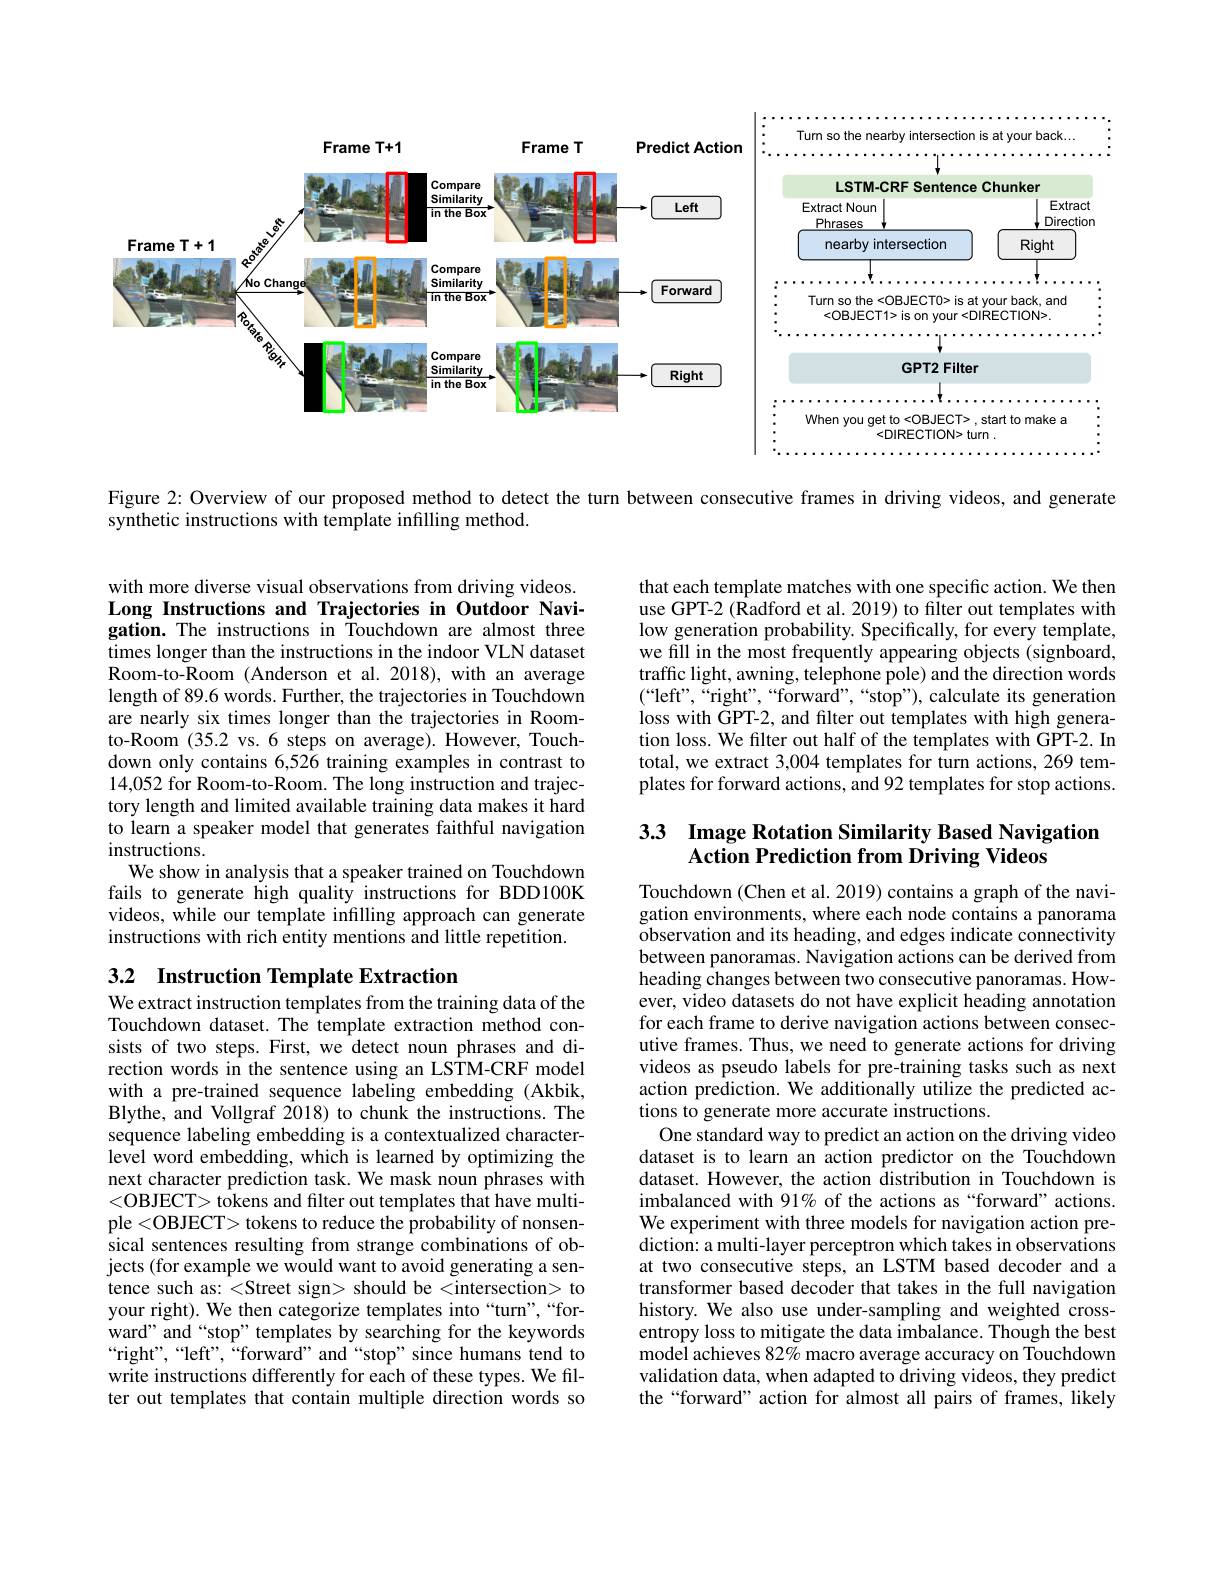
<FigureHere>

Figure 2: Overview of our proposed method to detect the turn between consecutive frames in driving videos, and generate
synthetic instructions with template infilling method.

with more diverse visual observations from driving videos. Long Instructions and Trajectories in Outdoor Navigation. The instructions in Touchdown are almost three times longer than the instructions in the indoor VLN dataset Room-to-Room (Anderson et al.2018),with an average length of 89.6 words. Further, the trajectories in Touchdown are nearly six times longer than the trajectories in Roomto-Room (35.2 vs.6 steps on average). However, Touchdown only contains 6,526 training examples in contrast to 14,052 for Room-to-Room. The long instruction and trajectory length and limited available training data makes it hard to learn a speaker model that generates faithful navigation instructions.
We show in analysis that a speaker trained on Touchdown fails to generate high quality instructions for BDD100K videos, while our template infilling approach can generate instructions with rich entity mentions and little repetition.

## 3.2 Instruction Template Extraction

We extract instruction templates from the training data of the Touchdown dataset. The template extraction method consists of two steps. First, we detect noun phrases and direction words in the sentence using an LSTM-CRF model with a pre-trained sequence labeling embedding (Akbik, Blythe, and Vollgraf 2018) to chunk the instructions. The sequence labeling embedding is a contextualized characterlevel word embedding, which is learned by optimizing the next character prediction task. We mask noun phrases with <OBJECT> tokens and filter out templates that have multiple <OBJECT> tokens to reduce the probability of nonsensical sentences resulting from strange combinations of objects (for example we would want to avoid generating a sentence such as: <Street sign> should be <intersection> to your right). We then categorize templates into “turn”,“forward" and “stop” templates by searching for the keywords “right”,“left”,“forward”and“stop”since humans tend to write instructions differently for each of these types. We filter out templates that contain multiple direction words so

that each template matches with one specific action. We then use GPT-2 (Radford et al. 2019) to filter out templates with low generation probability. Specifically, for every template, we fill in the most frequently appearing objects (signboard, traffic light, awning, telephone pole) and the direction words $(“$left",“right”,“forward”,“stop”),calculate its generation loss with GPT-2, and filter out templates with high generation loss. We filter out half of the templates with GPT-2. In total, we extract 3,004 templates for turn actions, 269 templates for forward actions, and 92 templates for stop actions.

# 33 Image Rotation Similarity Based Navigation Action Prediction from Driving Videos

Touchdown (Chen et al. 2019) contains a graph of the navigation environments, where each node contains a panorama observation and its heading, and edges indicate connectivity between panoramas. Navigation actions can be derived from heading changes between two consecutive panoramas. However, video datasets do not have explicit heading annotation for each frame to derive navigation actions between consecutive frames. Thus, we need to generate actions for driving videos as pseudo labels for pre-training tasks such as next action prediction. We additionally utilize the predicted actions to generate more accurate instructions.
One standard way to predict an action on the driving video dataset is to learn an action predictor on the Touchdown dataset. However, the action distribution in Touchdown is imbalanced with 91% of the actions as“forward”actions. We experiment with three models for navigation action pre- $\hat{\text{diction: a multi-layer perceptron which takes in observations}}$ at two consecutive steps, an LSTM based decoder and a transformer based decoder that takes in the full navigation history. We also use under-sampling and weighted crossentropy loss to mitigate the data imbalance. Though the best model achieves 82% macro average accuracy on Touchdown validation data, when adapted to driving videos, they predict the“forward” action for almost all pairs of frames, likely